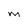
Character: M